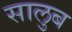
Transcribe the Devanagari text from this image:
सालुब